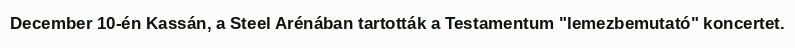
December 10-én Kassán, a Steel Arénában tartották a Testamentum "lemezbemutató" koncertet.